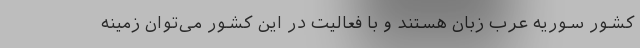
کشور سوریه عرب زبان هستند و با فعالیت در این کشور می‌‌توان زمینه